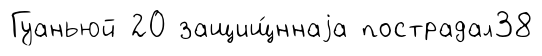
Гуаньюй 20 защищ́ннаjа пострадал38